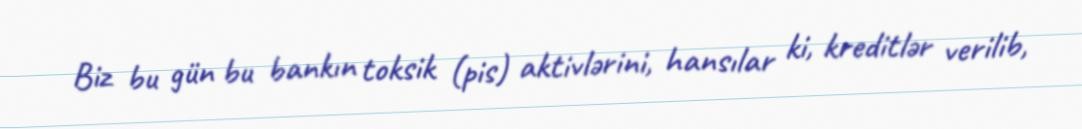
Biz bu gün bu bankın toksik (pis) aktivlərini, hansılar ki, kreditlər verilib,